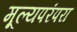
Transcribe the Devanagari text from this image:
मूल्यपरंपरा